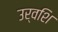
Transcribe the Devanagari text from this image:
उर्वशि